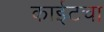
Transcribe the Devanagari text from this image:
काईटचा